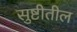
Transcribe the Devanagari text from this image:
सुष्टीतील